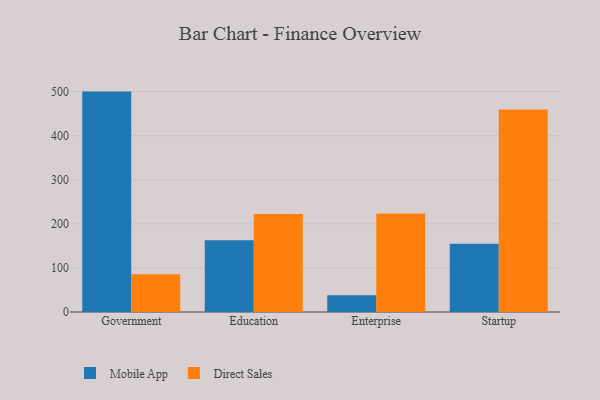
{"axis": {"x": "Segment", "y": "Budget (USD K)"}, "legend": ["Direct Sales", "Mobile App"], "data": [{"x": "Government", "y": 499.8, "type": "Mobile App"}, {"x": "Government", "y": 85.7, "type": "Direct Sales"}, {"x": "Education", "y": 162.6, "type": "Mobile App"}, {"x": "Education", "y": 222.5, "type": "Direct Sales"}, {"x": "Enterprise", "y": 38.1, "type": "Mobile App"}, {"x": "Enterprise", "y": 223.6, "type": "Direct Sales"}, {"x": "Startup", "y": 154.9, "type": "Mobile App"}, {"x": "Startup", "y": 459.4, "type": "Direct Sales"}]}